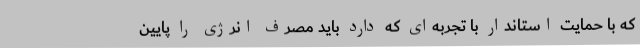
که با حمایت استاندار با تجربه‌ای که دارد باید مصرف انرژی را پایین